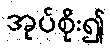
အုပ်စိုး၍